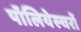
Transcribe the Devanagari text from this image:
पॉलियेस्चरों